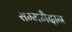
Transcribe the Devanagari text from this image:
सम्ममैदान